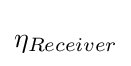
\eta _{Receiver}